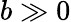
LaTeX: b\gg 0